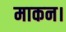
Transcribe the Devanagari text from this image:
माकन।